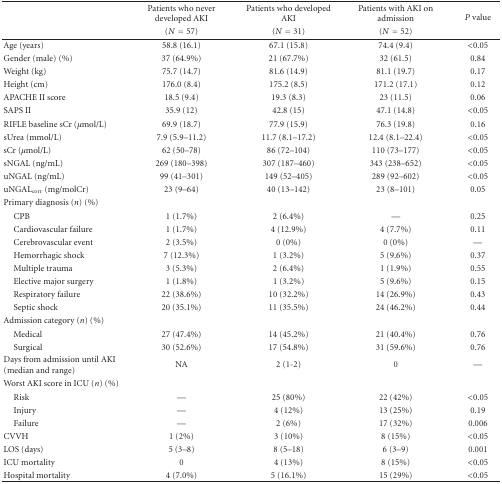
<table><thead><tr><td><b> </b></td><td><b>Patients who never developed AKI</b></td><td><b>Patients who developed AKI</b></td><td><b>Patients with AKI on admission</b></td><td><b><i>P</i> value</b></td></tr><tr><td><b> </b></td><td><b>(<i>N</i> = 57)</b></td><td><b>(<i>N</i> = 31)</b></td><td><b>(<i>N</i> = 52)</b></td><td><b> </b></td></tr></thead><tbody><tr><td>Age (years)</td><td>58.8 (16.1)</td><td>67.1 (15.8)</td><td>74.4 (9.4)</td><td>&lt;0.05</td></tr><tr><td>Gender (male) (%)</td><td>37 (64.9%)</td><td>21 (67.7%)</td><td>32 (61.5)</td><td>0.84</td></tr><tr><td>Weight (kg)</td><td>75.7 (14.7)</td><td>81.6 (14.9)</td><td>81.1 (19.7)</td><td>0.17</td></tr><tr><td>Height (cm)</td><td>176.0 (8.4)</td><td>175.2 (8.5)</td><td>171.2 (17.1)</td><td>0.12</td></tr><tr><td>APACHE II score</td><td>18.5 (9.4)</td><td>19.3 (8.3)</td><td>23 (11.5)</td><td>0.06</td></tr><tr><td>SAPS II</td><td>35.9 (12)</td><td>42.8 (15)</td><td>47.1 (14.8)</td><td>&lt;0.05</td></tr><tr><td>RIFLE baseline sCr (<i>μ</i>mol/L) </td><td>69.9 (18.7)</td><td>77.9 (15.9)</td><td>76.3 (19.8)</td><td>0.16</td></tr><tr><td>sUrea (mmol/L)</td><td>7.9 (5.9–11.2)</td><td>11.7 (8.1–17.2)</td><td>12.4 (8.1–22.4)</td><td>&lt;0.05</td></tr><tr><td>sCr (<i>μ</i>mol/L)</td><td>62 (50–78)</td><td>86 (72–104)</td><td>110 (73–177)</td><td>&lt;0.05</td></tr><tr><td>sNGAL (ng/mL)</td><td>269 (180–398)</td><td>307 (187–460)</td><td>343 (238–652)</td><td>&lt;0.05</td></tr><tr><td>uNGAL (ng/mL)</td><td>99 (41–301)</td><td>149 (52–405)</td><td>289 (92–602)</td><td>&lt;0.05</td></tr><tr><td>uNGAL<sub>corr</sub> (mg/molCr)</td><td>23 (9–64)</td><td>40 (13–142)</td><td>23 (8–101)</td><td>0.05</td></tr><tr><td>Primary diagnosis (<i>n</i>) (%)</td><td> </td><td> </td><td> </td><td> </td></tr><tr><td> CPB</td><td>1 (1.7%)</td><td>2 (6.4%)</td><td>—</td><td>0.25</td></tr><tr><td>Cardiovascular failure</td><td>1 (1.7%)</td><td>4 (12.9%)</td><td>4 (7.7%)</td><td>0.11</td></tr><tr><td> Cerebrovascular event</td><td>2 (3.5%)</td><td>0 (0%)</td><td>0 (0%)</td><td>—</td></tr><tr><td> Hemorrhagic shock</td><td>7 (12.3%)</td><td>1 (3.2%)</td><td>5 (9.6%)</td><td>0.37</td></tr><tr><td> Multiple trauma</td><td>3 (5.3%)</td><td>2 (6.4%)</td><td>1 (1.9%)</td><td>0.55</td></tr><tr><td> Elective major surgery</td><td>1 (1.8%)</td><td>1 (3.2%)</td><td>5 (9.6%)</td><td>0.15</td></tr><tr><td> Respiratory failure</td><td>22 (38.6%)</td><td>10 (32.2%)</td><td>14 (26.9%)</td><td>0.43</td></tr><tr><td> Septic shock</td><td>20 (35.1%)</td><td>11 (35.5%)</td><td>24 (46.2%)</td><td>0.44</td></tr><tr><td>Admission category (<i>n</i>) (%)</td><td> </td><td> </td><td> </td><td> </td></tr><tr><td> Medical</td><td>27 (47.4%)</td><td>14 (45.2%)</td><td>21 (40.4%)</td><td>0.76</td></tr><tr><td> Surgical</td><td>30 (52.6%)</td><td>17 (54.8%)</td><td>31 (59.6%)</td><td>0.76</td></tr><tr><td>Days from admission until AKI (median and range)</td><td>NA</td><td>2 (1-2)</td><td>0</td><td>—</td></tr><tr><td>Worst AKI score in ICU (<i>n</i>) (%)</td><td> </td><td> </td><td> </td><td> </td></tr><tr><td> Risk </td><td>—</td><td>25 (80%)</td><td>22 (42%)</td><td>&lt;0.05</td></tr><tr><td> Injury</td><td>—</td><td>4 (12%)</td><td>13 (25%)</td><td>0.19</td></tr><tr><td> Failure</td><td>—</td><td>2 (6%)</td><td>17 (32%)</td><td>0.006</td></tr><tr><td>CVVH</td><td>1 (2%)</td><td>3 (10%)</td><td>8 (15%)</td><td>&lt;0.05</td></tr><tr><td>LOS (days)</td><td>5 (3–8)</td><td>8 (5–18)</td><td>6 (3–9)</td><td>0.001</td></tr><tr><td>ICU mortality</td><td>0 </td><td>4 (13%)</td><td>8 (15%)</td><td>&lt;0.05</td></tr><tr><td>Hospital mortality</td><td>4 (7.0%)</td><td>5 (16.1%)</td><td>15 (29%)</td><td>&lt;0.05</td></tr></tbody></table>